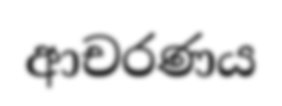
ආචරණය